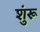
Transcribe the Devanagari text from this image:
शुंरू